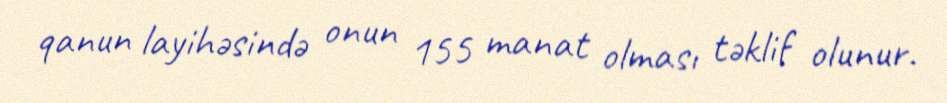
qanun layihəsində onun 155 manat olması təklif olunur.